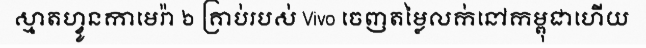
ស្មាតហ្វូនកាមេរ៉ា ៦ គ្រាប់របស់ Vivo ចេញតម្លៃលក់នៅកម្ពុជាហើយ